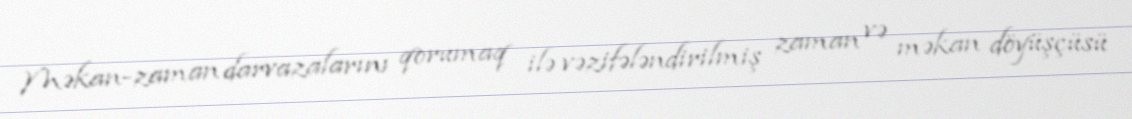
Məkan-zaman darvazalarını qorumaq ilə vəzifələndirilmiş zaman və məkan döyüşçüsü